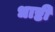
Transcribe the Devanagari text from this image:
धाष्टी